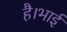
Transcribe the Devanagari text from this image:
है।भाई